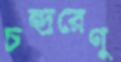
চন্দ্ররেণু